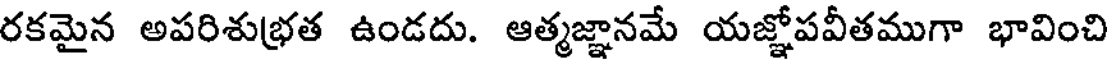
రకమైన అపరిశుభ్రత ఉండదు. ఆత్మజ్ఞానమే యజ్ఞోపవీతముగా భావించి